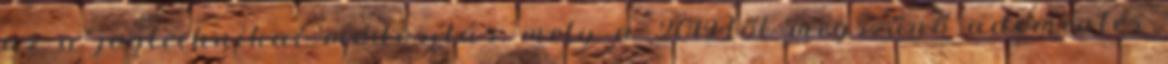
az a jogtechnikai módosítás, mely a 2019-től megszűnő adómentes